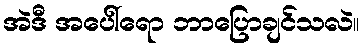
အဲဒီ အပေါ်ရော ဘာပြောချင်သလဲ။